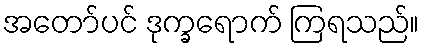
အတော်ပင် ဒုက္ခရောက် ကြရသည်။